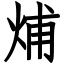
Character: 烳